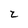
Character: 2